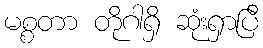
မစ္စတာ တိုဂါရှိ ဆုံးရှာပြီ